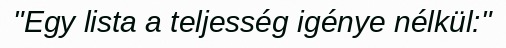
"Egy lista a teljesség igénye nélkül:"